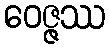
ဝေဇ္ဇဿ